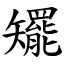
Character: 矲